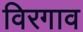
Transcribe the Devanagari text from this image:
विरगाव